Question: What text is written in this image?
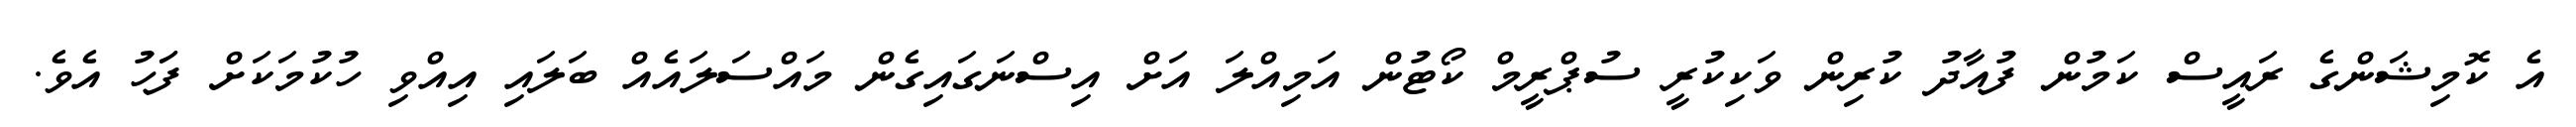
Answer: އެ ކޮމިޝަންގެ ރައީސް ކަމުން ފުއާދު ކުރިން ވަކިކުރީ ސުޕްރީމް ކޯޓުން އަމިއްލަ އަށް އިސްނަގައިގެން މައްސަލައެއް ބަލައި އިއްވި ހުކުމަކަށް ފަަހު އެވެ.